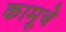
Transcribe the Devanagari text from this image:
कामूचे